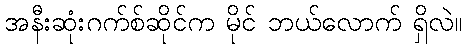
အနီးဆုံးဂက်စ်ဆိုင်က မိုင် ဘယ်လောက် ရှိလဲ။